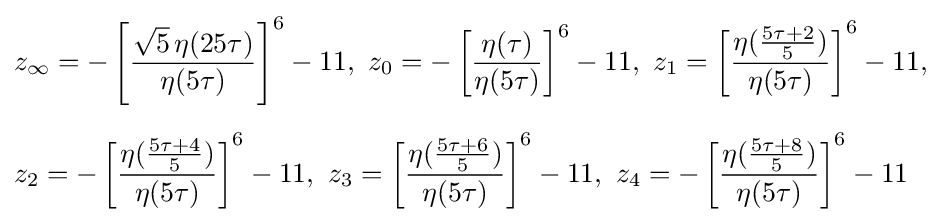
{\begin{aligned}&z_{\infty }=-\left[{\frac {{\sqrt {5}}\,\eta (25\tau )}{\eta (5\tau )}}\right]^{6}-11,\ z_{0}=-\left[{\frac {\eta (\tau )}{\eta (5\tau )}}\right]^{6}-11,\ z_{1}=\left[{\frac {\eta ({\frac {5\tau +2}{5}})}{\eta (5\tau )}}\right]^{6}-11,\\[6pt]&z_{2}=-\left[{\frac {\eta ({\frac {5\tau +4}{5}})}{\eta (5\tau )}}\right]^{6}-11,\ z_{3}=\left[{\frac {\eta ({\frac {5\tau +6}{5}})}{\eta (5\tau )}}\right]^{6}-11,\ z_{4}=-\left[{\frac {\eta ({\frac {5\tau +8}{5}})}{\eta (5\tau )}}\right]^{6}-11\end{aligned}}